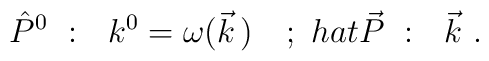
\hat{P}^0\ :\ \ k^0=\omega(\vec{k}\,)\ \ \ ;\ \ \\hat{\vec{P}}\ :\ \ \vec{k}\ .